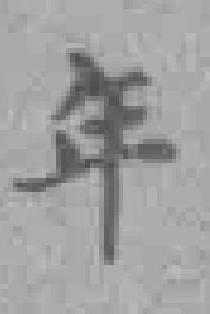
年